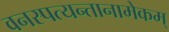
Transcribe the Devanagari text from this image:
वनस्पत्यन्तानामेकम्